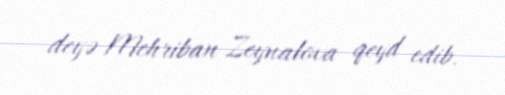
deyə Mehriban Zeynalova qeyd edib.